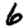
Digit: 6